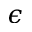
\epsilon